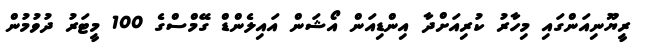
ރީޔޫނިއަންގައި މިހާރު ކުރިއަށްދާ އިންޑިއަން އޯޝަން އައިލެންޑް ގޭމްސްގެ 100 މީޓަރު ދުވުމުން